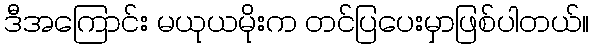
ဒီအကြောင်း မယုယမိုးက တင်ပြပေးမှာဖြစ်ပါတယ်။